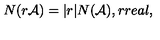
N ( r { \cal A } ) = \vert r \vert N ( { \cal A } ) , r r e a l ,